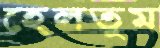
হেলতুম